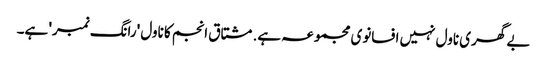
بے گھری ناول نہیں افسانوی مجموعہ ہے. مشتاق انجم کا ناول 'رانگ نمبر' ہے۔